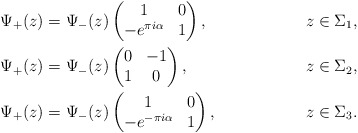
\begin{align*}&\Psi_+(z)=\Psi_-(z)\begin{pmatrix}1&0\\-e^{\pi i\alpha}&1\end{pmatrix}, &z\in\Sigma_1,\\&\Psi_+(z)=\Psi_-(z)\begin{pmatrix}0&-1\\1&0\end{pmatrix}, &z\in \Sigma_2,\\&\Psi_+(z)=\Psi_-(z)\begin{pmatrix}1&0\\-e^{-\pi i\alpha}&1\end{pmatrix}, &z\in\Sigma_3.\end{align*}